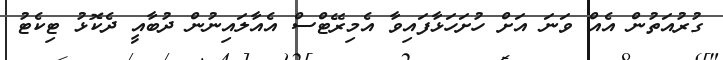
ގުރުއަތުން އެއް ވަނަ އަށް ހުށަހަޅާފައިވާ އެމިރޭޓްސް އެއާލައިނުން ދުބާއީ ދެކޮޅު ޓިކެޓު